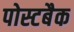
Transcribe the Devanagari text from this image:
पोस्टबैक